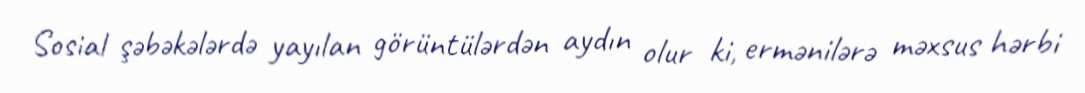
Sosial şəbəkələrdə yayılan görüntülərdən aydın olur ki, ermənilərə məxsus hərbi